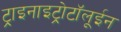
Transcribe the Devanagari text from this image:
ट्राइनाइट्रोटॉलूईन